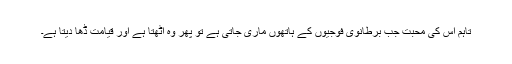
تاہم اس کی محبت جب برطانوی فوجیوں کے ہاتھوں ماری جاتی ہے تو پھر وہ اٹھتا ہے اور قیامت ڈھا دیتا ہے۔